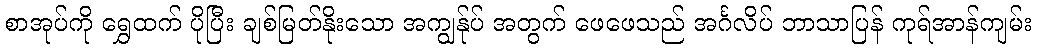
စာအုပ်ကို ရွှေထက် ပိုပြီး ချစ်မြတ်နိုးသော အကျွန်ုပ် အတွက် ဖေဖေသည် အင်္ဂလိပ် ဘာသာပြန် ကုရ်အာန်ကျမ်း